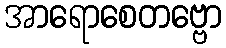
အာရောစေတဗ္ဗော